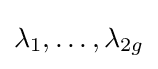
\lambda _{1},\ldots ,\lambda _{2g}